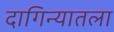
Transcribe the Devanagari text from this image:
दागिन्यातला